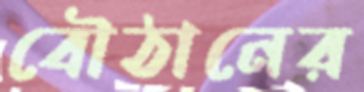
বৌঠানের